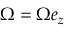
\boldsymbol { \Omega } = \Omega \boldsymbol { e } _ { z }